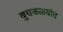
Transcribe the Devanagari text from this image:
बुचकळ्यांत